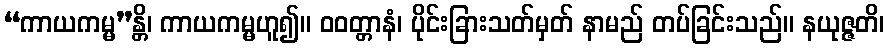
“ကာယကမ္မ”န္တိ၊ ကာယကမ္မဟူ၍။ ဝဝတ္တာနံ၊ ပိုင်းခြားသတ်မှတ် နာမည် တပ်ခြင်းသည်။ နယုဇ္ဇတိ၊